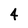
Character: 4